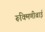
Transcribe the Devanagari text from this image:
रूक्मिणीबाई